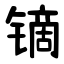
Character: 镝